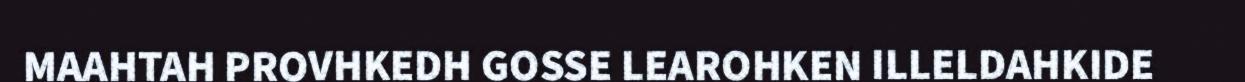
MAAHTAH PROVHKEDH GOSSE LEAROHKEN ILLELDAHKIDE